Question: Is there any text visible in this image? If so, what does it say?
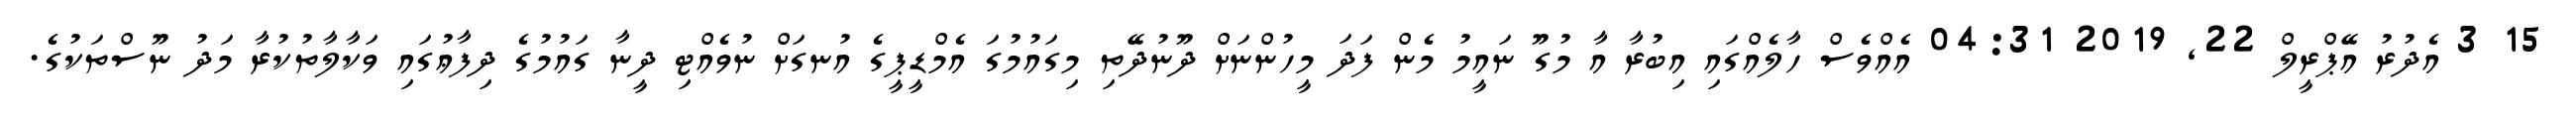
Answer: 15 3 އެދުރު އޭޕްރީލް 22, 2019 04:31 އެއްވެސް ހާލެއްގައި އިބުރާ އާ މުގޫ ނައީމު މެން ފަދަ މީހުންނަށް ދޫނުދޭތި މިގައުމުގަ އެމްޑީޕީގެ އުނގަށް ނުވެއްޓި ދީނާ ގައުމުގެ ދިފާޢުގައި ވަކާލާތުކުރާ މަދު ނޫސްތަކުގެ.